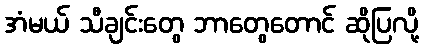
အံမယ် သီချင်းတွေ ဘာတွေတောင် ဆိုပြလို့